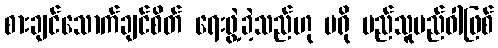
စားချင်သောက်ချင်စိတ် ရေးဖွဲ့ခဲ့သည်ဟု ပရို မည်သူမည်ဝါဖြစ်